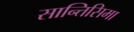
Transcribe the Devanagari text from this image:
सान्तिसिमा